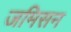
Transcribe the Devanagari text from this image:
जमिसन